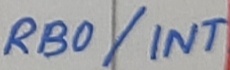
Text: RB0/INT